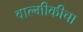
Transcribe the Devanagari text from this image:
वाल्मीकीचा